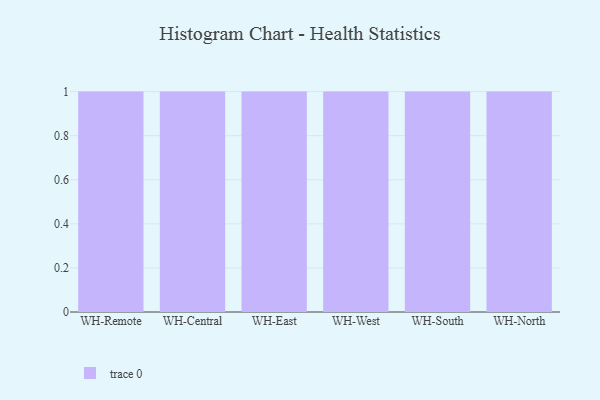
{"axis": {"x": "Warehouse", "y": "Headcount"}, "legend": [""], "data": [{"x": "WH-Remote", "y": 74, "type": ""}, {"x": "WH-Central", "y": 28, "type": ""}, {"x": "WH-East", "y": 48, "type": ""}, {"x": "WH-West", "y": 22, "type": ""}, {"x": "WH-South", "y": 40, "type": ""}, {"x": "WH-North", "y": 76, "type": ""}]}